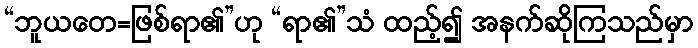
“ဘူယတေ=ဖြစ်ရာ၏”ဟု “ရာ၏”သံ ထည့်၍ အနက်ဆိုကြသည်မှာ